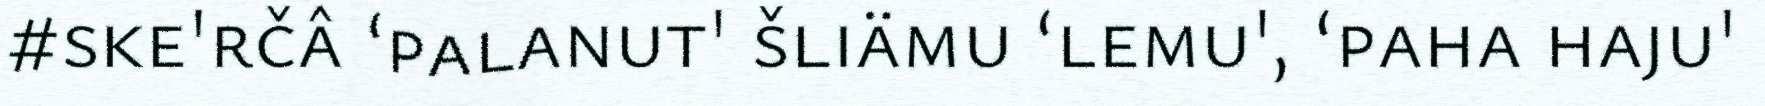
#ske'rčâ ‘palanut' šliämu ‘lemu', ‘paha haju'